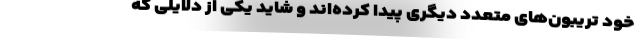
خود تریبون‌های متعدد دیگری پیدا کرده‌اند و شاید یکی از دلایلی که